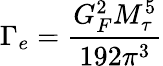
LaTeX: \Gamma_{e}=\frac{G_{F}^{2}M_{\tau}^{5}}{192\pi^{3}}